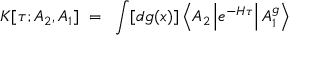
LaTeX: K [ \tau ; A _ { 2 } , A _ { 1 } ] ~ = ~ \int [ d g ( x ) ] \left< A _ { 2 } \left| e ^ { - H \tau } \right| A _ { 1 } ^ { g } \right>